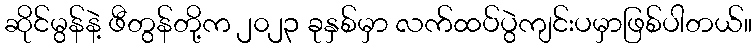
ဆိုင်မွန်နဲ့ ဖီတွန်တို့က ၂၀၂၃ ခုနှစ်မှာ လက်ထပ်ပွဲကျင်းပမှာဖြစ်ပါတယ်။